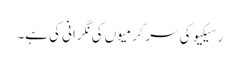
رسیکیو کی سرگرمیوں کی نگرانی کی ہے۔